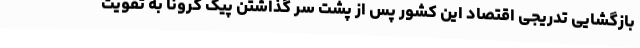
بازگشایی تدریجی اقتصاد این کشور پس از پشت سر گذاشتن پیک کرونا به تقویت